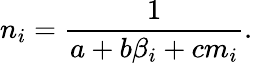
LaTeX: n_{i}=\frac{1}{a+b\beta_{i}+cm_{i}}.